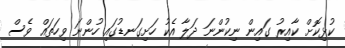
ކުޅިކޮށް ކާއިރު ގައިން ނިކުންނަ ދަލާ އެކު ހަށިގަނޑުގައި ހުންނަ ވިހަތައް ވެސް